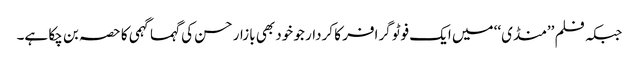
جبکہ فلم ’’منڈی‘‘ میں ایک فوٹو گرافر کا کردار جو خود بھی بازار حسن کی گہما گہمی کا حصہ بن چکا ہے۔